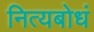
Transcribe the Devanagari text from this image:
नित्यबोधं